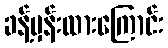
ခန့်မှန်းထားကြောင်း